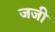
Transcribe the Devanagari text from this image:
जजी